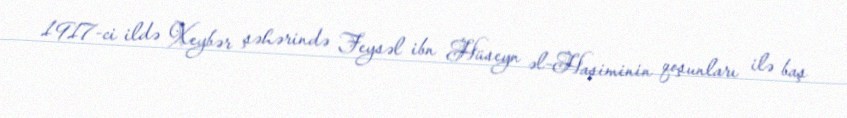
1917-ci ildə Xeybər şəhərində Feysəl ibn Hüseyn əl-Haşiminin qoşunları ilə baş